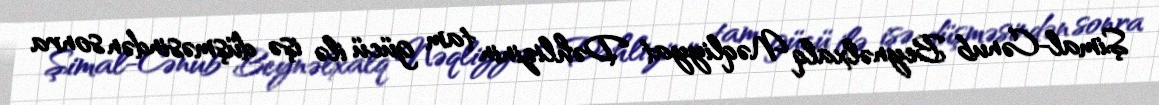
Şimal-Cənub Beynəlxalq Nəqliyyat Dəhlizinin tam gücü ilə işə düşməsindən sonra